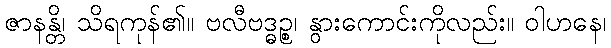
ဇာနန္တိ၊ သိရကုန်၏။ ဗလီဗဒ္ဓဉ္စ၊ နွားကောင်းကိုလည်း။ ဝါဟနေ၊